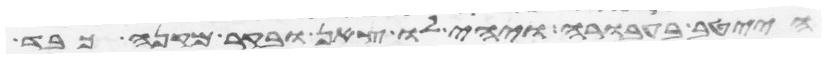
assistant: הייטב בעבורה ויהי לו צאן ובקר מקנה כבד